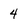
Character: 4